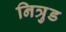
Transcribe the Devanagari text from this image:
नित्रुड